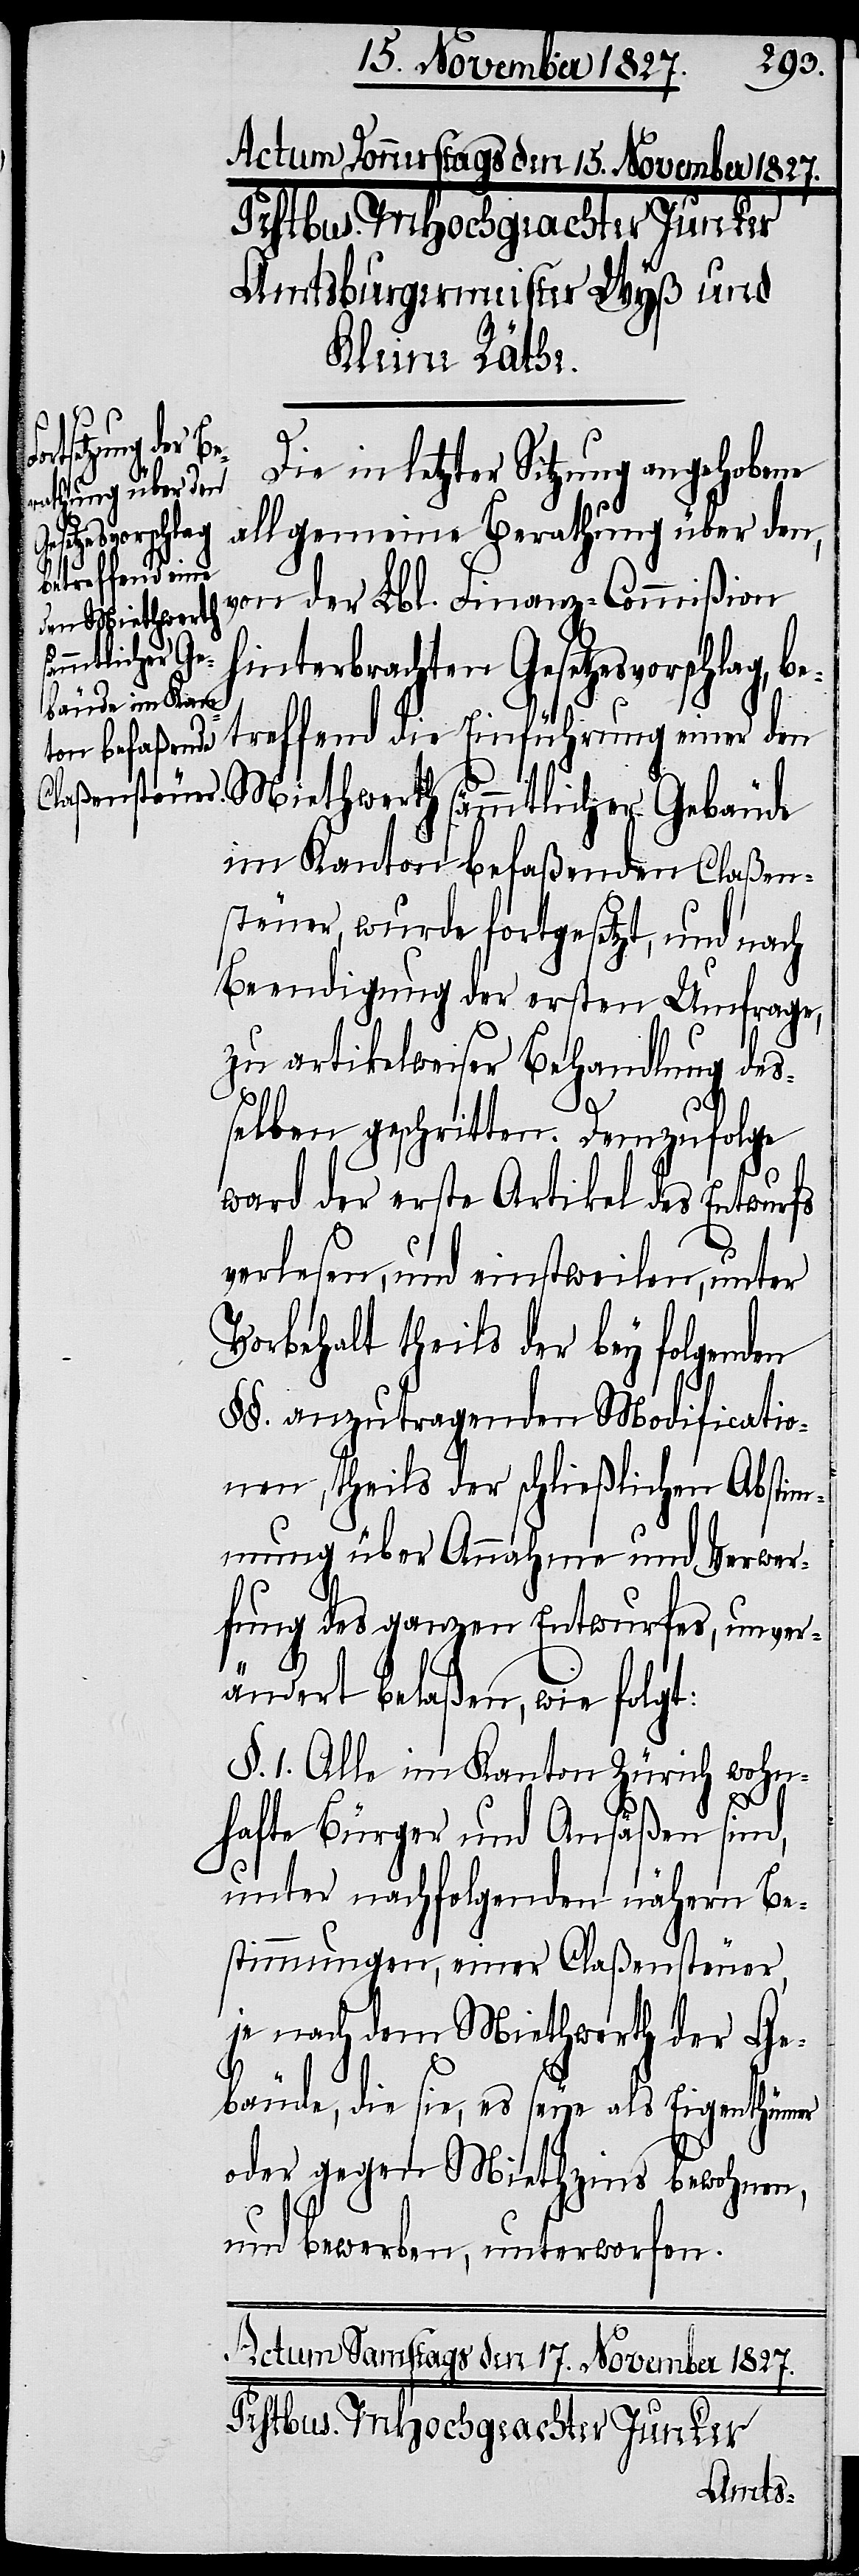
Die in letzter Sitzung angehobene
allgemeine Berathung über den,
bäude
von der Lbl. Finanz-Commißion
n Miethwerth
sämmtlicher Ge¬
hinterbrachten Gesetzesvorschlag, be¬
treffend die Einführung einer de¬
im Kanton befaßenden Claßen¬
steuer, wurde fortgesetzt, und nach
Beendigung der ersten Umfrage,
zu artikelweiser Behandlung des¬
selben geschritten. Demzufolge
ward der erste Artikel des Entwurfs
verlesen, und einstweilen, unter
Vorbehalt theils der bey folgenden
§§. anzutragenden Modificatio¬
nen, theils der schließlichen Abstim¬
mung über Annahme und Verwer¬
fung des ganzen Entwurfes, unver¬
ändert belaßen, wie folgt:
§. 1. Alle im Kanton Zürich wohn¬
hafte Bürger und Ansäßen sind,
unter nachfolgenden nähern Be¬
stimmungen, einer Claßensteuer,
je nach dem Miethwerth der Ge¬
bäude, die sie, es seye als Eigenthümer
oder gegen Miethzins bewohnen,
und bewerben, unterworfen.